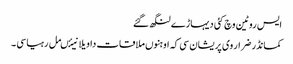
ایس روٹین وچ کئی دیہاڑے لنگھ گئے
کمانڈر ضرار وی پریشان سی کہ اوہنوں ملاقات دا ویلا نیئںمل رہیا سی ۔